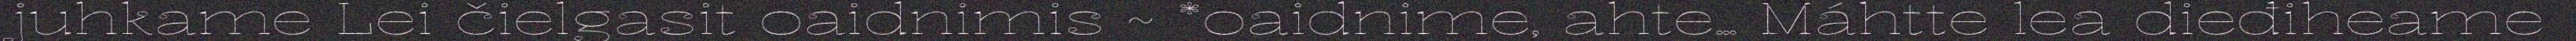
juhkame Lei čielgasit oaidnimis ~ *oaidnime, ahte… Máhtte lea dieđiheame